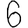
Digit: 6